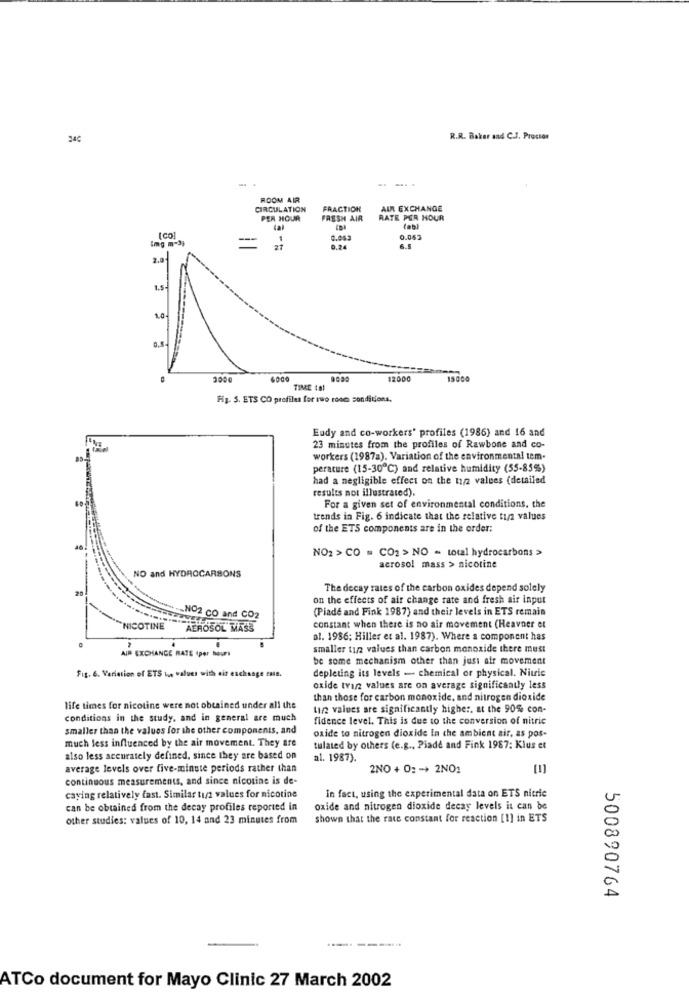
24℃
R.R. Baker and C.J. Proctor
- -. .
ROOM AIR
CIRCULATION
FRACTION
AIR EXCHANGE
PER HOUR
FRESH AIR
RATE PER HOUR
(al
(abl
[mg m-3,
8
1
0.063
0.74
2.0℃
1.54
1.0
1000
12000
TIME tal
Fig. 5. ETS CO profiles for two rooms conditions.
Eudy and co-workers' profiles (1986) and 16 and
23 minutes from the profiles of Rawbone and co-
workers (1987a). Variation of the environmental tem-
perature (15-30℃) and relative humidity (55-85%)
had a negligible effect on the 11/2 values (detailed
results not illustrated).
For a given set of environmental conditions. the
trends in Fig. 6 indicate that the relative tisz values
of the ETS components are in the order;
NO2 > CO = CO2 > NO = total hydrocarbons >
NO and HYDROCARBONS
acrosol mass > nicotine
20
The decay rates of the carbon oxides depend solely
on the effects of air change rate and fresh air input
(Piade and Fink 1987) and their levels in ETS remain
NO2 CO and CO2
NICOTINE
AEROSOL MASS
constant when there is no air movement (Heavner et
al. 1986; Hiller et al. 1987). Where a component has
AIR EXCHANGE RATE (per hour)
smaller tuz values than carbon monoxide there must
be some mechanism other than just afr movement
Fig. 6. Variation of ETS te values with ait exchage suis.
depleting its levels - chemical or physical. Nitric
oxide tvin values are on average significantly less
than those for carbon monoxide, and nitrogen dioxide
life times for nicotine were not obtained under all the
Linz values are significantly higher. at the 90% con-
conditions in the study, and in general are much
fidence level. This is due to the conversion of nitric
smaller than the values for the other components, and
much less influenced by the air movement. They are
oxide to nitrogen dioxide In the ambient air, as pos-
tulated by others (e.g ., Piade and Fink 1987: Klus et
also less accurately defined, since they are based on
al. 1987).
average levels over five-minute periods rather than
2NO + 0: - + 2NO:
[1]
continuous measurements, and since nicotine is de-
In fact, using the experimental data on ETS nitric
caying relatively fast. Similar tiz values for nicotine
can be obtained from the decay profiles reported in
oxide and nitrogen dioxide decay levels it can be
other studies: values of 10, 14 and 23 minutes from
shown that the rate constant for reaction [1] in ETS
500890764
ATCo document for Mayo Clinic 27 March 2002